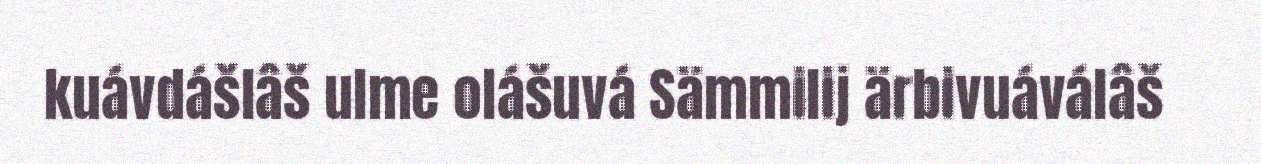
kuávdášlâš ulme olášuvá Sämmilij ärbivuáválâš